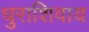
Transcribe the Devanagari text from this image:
धुराशिवाय